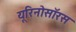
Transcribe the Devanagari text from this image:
यूरिनोसॉरस